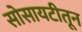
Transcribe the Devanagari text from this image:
सोसायटीतून